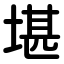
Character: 堪